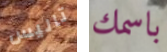
تاليس باسمك